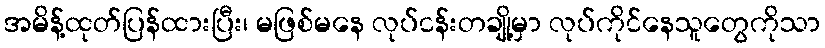
အမိန့်ထုတ်ပြန်ထားပြီး၊ မဖြစ်မနေ လုပ်ငန်းတချို့မှာ လုပ်ကိုင်နေသူတွေကိုသာ